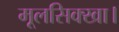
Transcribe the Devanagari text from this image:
मूलसिक्खा।